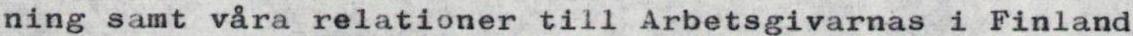
ning samt våra relationer till Arbetsgivarnas i Finland